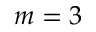
m = 3